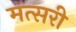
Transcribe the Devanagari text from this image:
मत्सरी